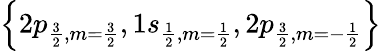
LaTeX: \left\{ 2p_{\frac{3}{2},m=\frac{3}{2}},1s_{\frac{1}{2},m=\frac{1}{2}},2p_{\frac{3}{2},m=-\frac{1}{2}}\right\}